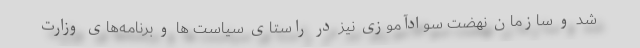
شد و سازمان نهضت سوادآموزی نیز در راستای سیاست ها و برنامه‌های وزارت